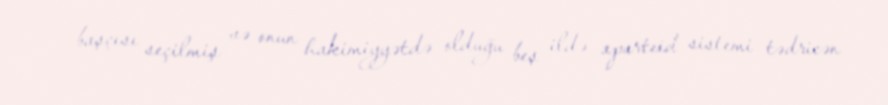
başçısı seçilmiş və onun hakimiyyətdə olduğu beş ildə aparteid sistemi tədricən